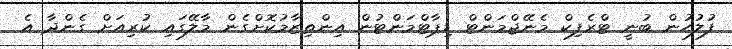
ފުލުހުން ބުނީ ޓްރެފިކް މެނޭޖްމަންޓް ޑިޕާޓްމަންޓުން އިންތިޒާމުކޮށްގެން މާލޭގައި ކުރިއަށް ގެންދާ އެ